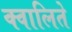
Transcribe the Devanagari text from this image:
क्वालिते